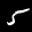
Digit: 5